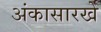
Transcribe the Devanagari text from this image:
अंकासारखे